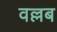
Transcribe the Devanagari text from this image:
वल्लब